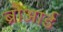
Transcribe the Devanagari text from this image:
ब्रौआर्ड